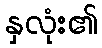
နှလုံး၏